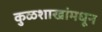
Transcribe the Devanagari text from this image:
कुळशाखांमधून